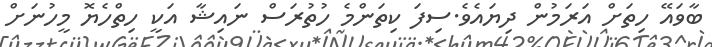
ބާވައޭ ހިތަށް އަރަމުން ދިޔައެވެ.ސިފަ ކިތަންމެ ހުތުރަސް ނައިޝާ އަކީ ހިތްހެޔޮ މީހުނަށް